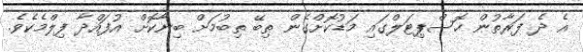
އެ ދެ ފަރާތުން ހޮސްޕިޓަލްގައި މަޑުކޮށްގެން ތިބޭ ތިބުމަށް ބިނާކޮށް އުފައްދާ ފިލްމެކެވެ.